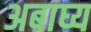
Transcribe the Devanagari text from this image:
अबाघ्य